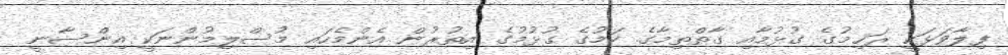
ފިލާވަޅަކީ ރަޙިމުގެ ގުޅުމާއި ގާތްތިމާގެ ކަމުގެ ގުޅުމުގެ އިތުރުން އެންމެހައި މުސްލިމުންނަކީ އިންސާނީ